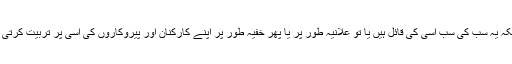
کیونکہ یہ سب کی سب اسی کی قائل ہیں یا تو علانیہ طور پر یا پھر خفیہ طور پر اپنے کارکنان اور پیروکاروں کی اسی پر تربیت کرتی ہیں!